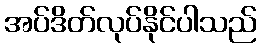
အပ်ဒိတ်လုပ်နိုင်ပါသည်